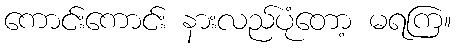
ကောင်းကောင်း နားလည်ပုံတော့ မရကြ။